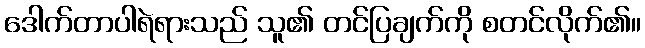
ဒေါက်တာပါရဲရားသည် သူ၏ တင်ပြချက်ကို စတင်လိုက်၏။